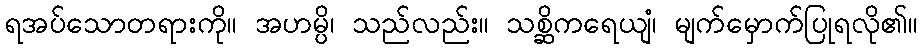
ရအပ်သောတရားကို။ အဟမ္ပိ၊ သည်လည်း။ သစ္ဆိကရေယျံ၊ မျက်မှောက်ပြုရလို၏။